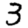
Digit: 3